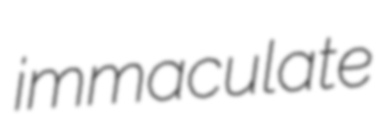
immaculate